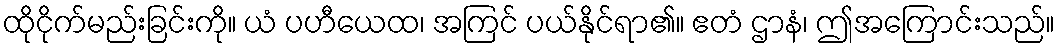
ထိုငိုက်မည်းခြင်းကို။ ယံ ပဟီယေထ၊ အကြင် ပယ်နိုင်ရာ၏။ ဧတံ ဌာနံ၊ ဤအကြောင်းသည်။